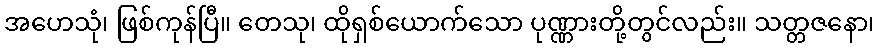
အဟေသုံ၊ ဖြစ်ကုန်ပြီ။ တေသု၊ ထိုရှစ်ယောက်သော ပုဏ္ဏားတို့တွင်လည်း။ သတ္တဇနော၊